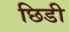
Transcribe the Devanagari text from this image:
छिडी